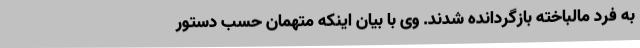
به فرد مالباخته بازگردانده شدند. وی با بیان اینکه متهمان حسب دستور